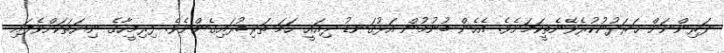
ދަރިންނަށް ޚަރަދުނުކުރެވޭނެތީކަމަށެވެ. އެހެން ބުނުމުން އަޅުގަނޑު ދިއައީ ހަމަ ތަރިބުރައިގެންނެވެ. ފިރިމީހާގެ ނިޔަތަކަށްވެފައި